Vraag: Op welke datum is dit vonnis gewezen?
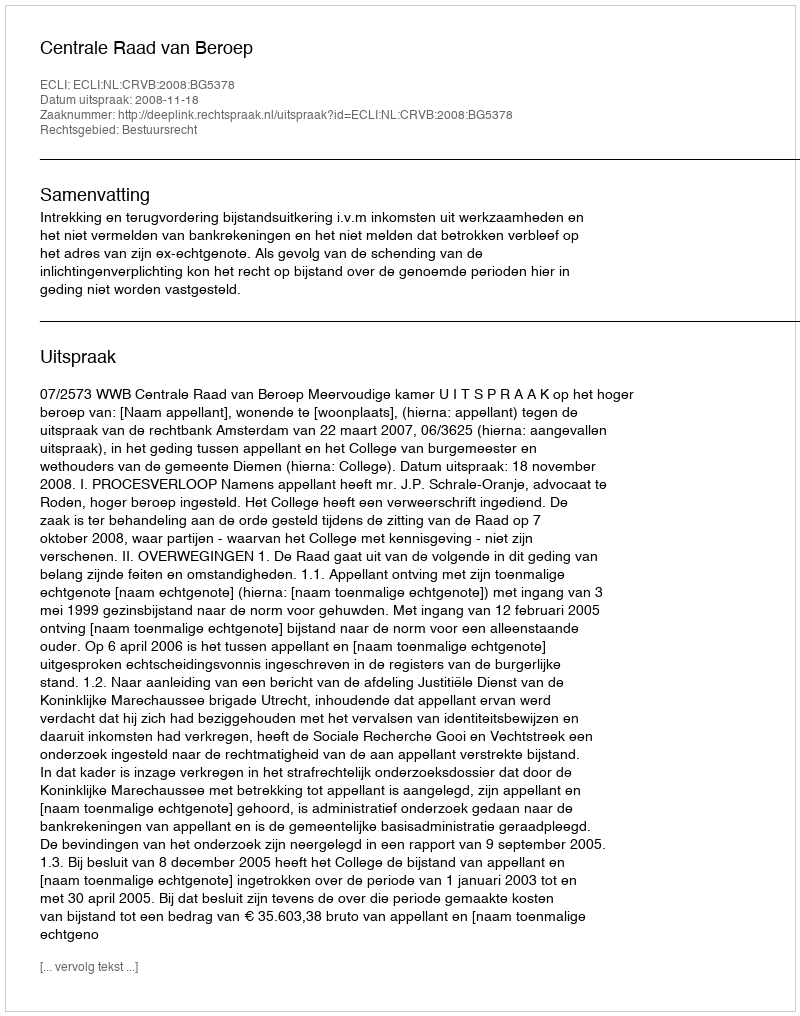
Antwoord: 2008-11-18